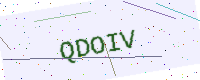
Text: QDOIV